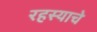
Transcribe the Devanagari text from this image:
रहस्याचे